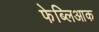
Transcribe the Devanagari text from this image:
फेब्लिआक